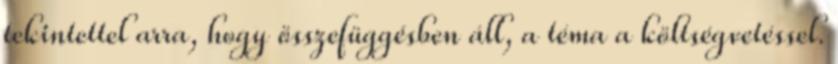
tekintettel arra, hogy összefüggésben áll, a téma a költségvetéssel.